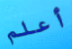
أعلم